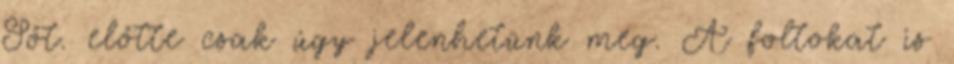
Sőt. előtte csak úgy jelenhetünk meg. A foltokat is